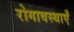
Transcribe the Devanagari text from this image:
रोगावस्थाएँ